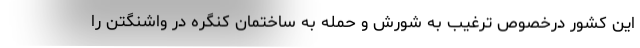
این کشور درخصوص ترغیب به شورش و حمله به ساختمان کنگره در واشنگتن را